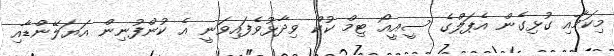
މިކަމާއި ގުޅިގެން އެޕަލްގެ ސީއީއޯ ޓިމް ކުކް ވިދާޅުވެފައިވަނީ އެ ކުންފުނިން އަޔަލޭންޑާއި